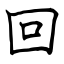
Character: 回